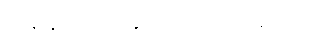
အရန်တပ်တွေ ဘယ်သူကြည့်မလဲ